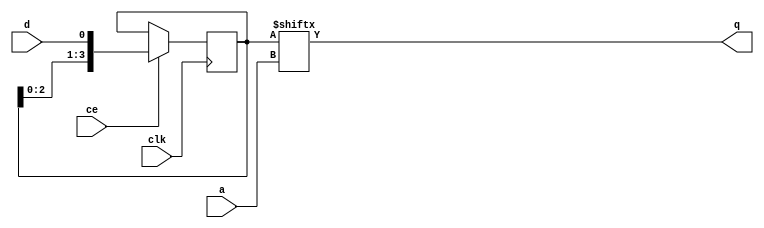
module axi_register_slice_v2_1_13_srl_rtl #
  (
   parameter         C_A_WIDTH = 2          
   )
  (
   input  wire                 clk, 
   input  wire [C_A_WIDTH-1:0] a,   
   input  wire                 ce,  
   input  wire                 d,   
   output wire                 q    
   );
  localparam integer P_SRLDEPTH = 2**C_A_WIDTH;
    reg [P_SRLDEPTH-1:0] shift_reg = {P_SRLDEPTH{1'b0}};
    always @(posedge clk)
      if (ce)
        shift_reg <= {shift_reg[P_SRLDEPTH-2:0], d};
    assign q = shift_reg[a];
endmodule